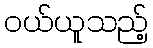
ဝယ်ယူသည့်